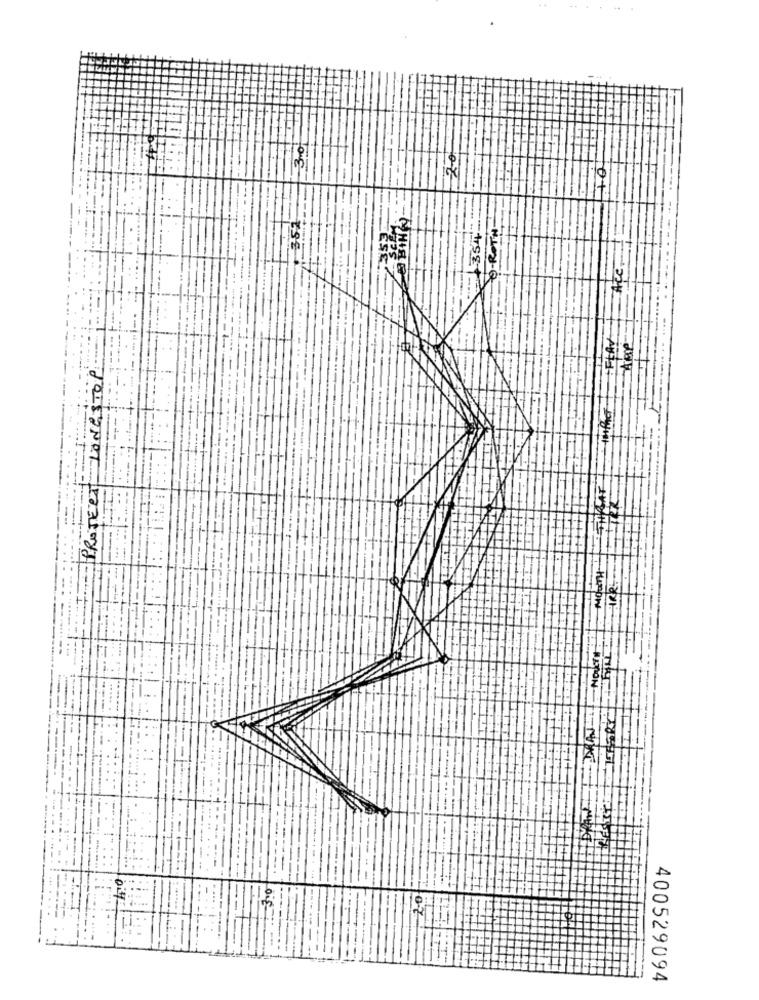
3.0
354
O-ROTH
ACC.
LONGSTOP
---
PROTECT
400529094